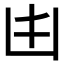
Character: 𠙹